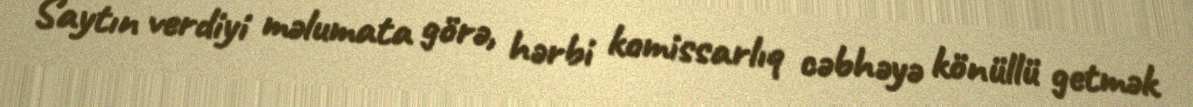
Saytın verdiyi məlumata görə, hərbi komissarlıq cəbhəyə könüllü getmək